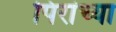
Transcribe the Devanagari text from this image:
पिरांच्या